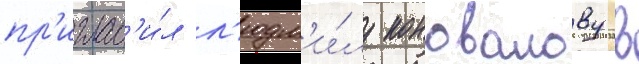
пр'иглас'и́л л'юдм'и́лу коновалову в